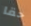
حقا